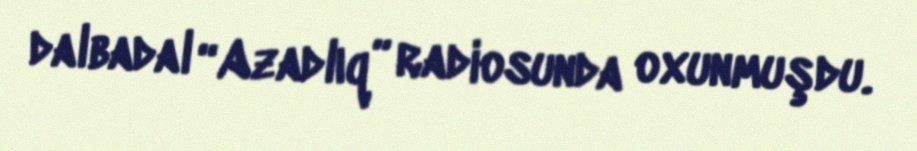
dalbadal “Azadlıq” radiosunda oxunmuşdu.